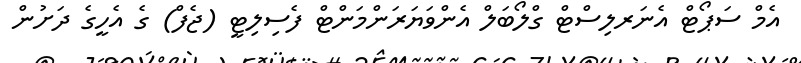
އެމް ސަޕޯޓް އެނަރލިސްޓް ގްލޯބަލް އެންވަޔަރަންމަންޓް ފެސިލިޓީ (ޖެފް) ގެ އެހީގެ ދަށުން